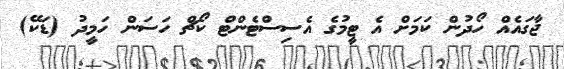
ޖާގައެއް ހޯދުން ކަމަށް އެ ޓީމުގެ އެސިސްޓެންޓް ކޯޗް ހަސަން ހަމީދު (ޑަކޭ)